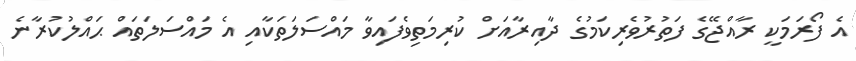
އެ ފޯރަމަކީ ރާއްޖޭގެ ފަތުރުވެރިކަމުގެ ދާއިރާއަށް ކުރިމަތިވެފައިވާ މައްސަލަތަކާއި އެ މައްސަލަތައް ޙައްލުކުރާނެ